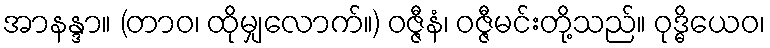
အာနန္ဒာ။ (တာဝ၊ ထိုမျှလောက်။) ဝဇ္ဇီနံ၊ ဝဇ္ဇီမင်းတို့သည်။ ဝုဒ္ဓိယေဝ၊